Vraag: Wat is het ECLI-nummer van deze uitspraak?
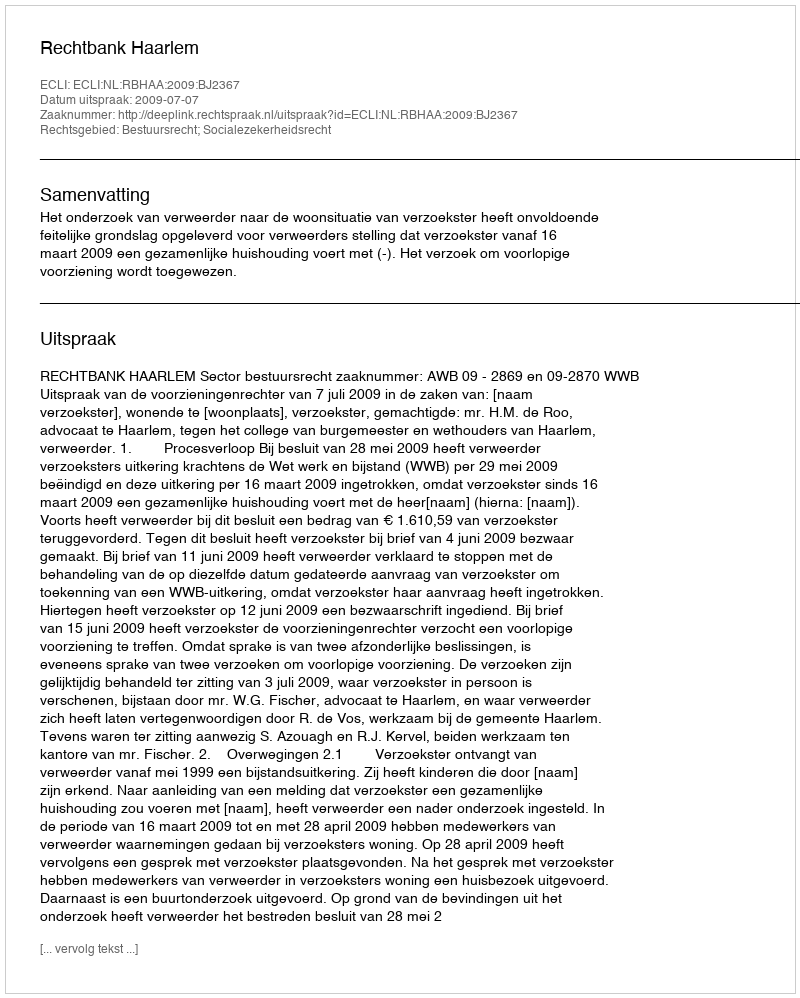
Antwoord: ECLI:NL:RBHAA:2009:BJ2367